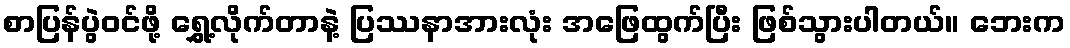
စာပြန်ပွဲဝင်ဖို့ ရွှေ့လိုက်တာနဲ့ ပြဿနာအားလုံး အဖြေထွက်ပြီး ဖြစ်သွားပါတယ်။ ဘေးက